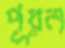
পূরন